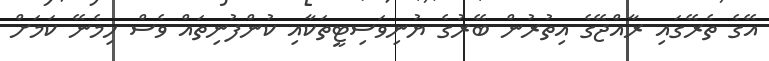
އޭގެ ތެރޭގައި ރާއްޖޭގެ އިތުރުން ބޭރުގެ ޔުނިވަސިޓީތަކާއި ކުންފުނިތައް ވެސް ހިމެނޭ ކަމަށް